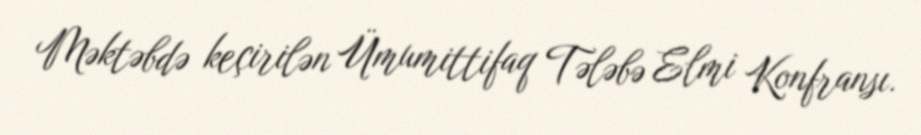
Məktəbdə keçirilən Ümumittifaq Tələbə Elmi Konfransı.